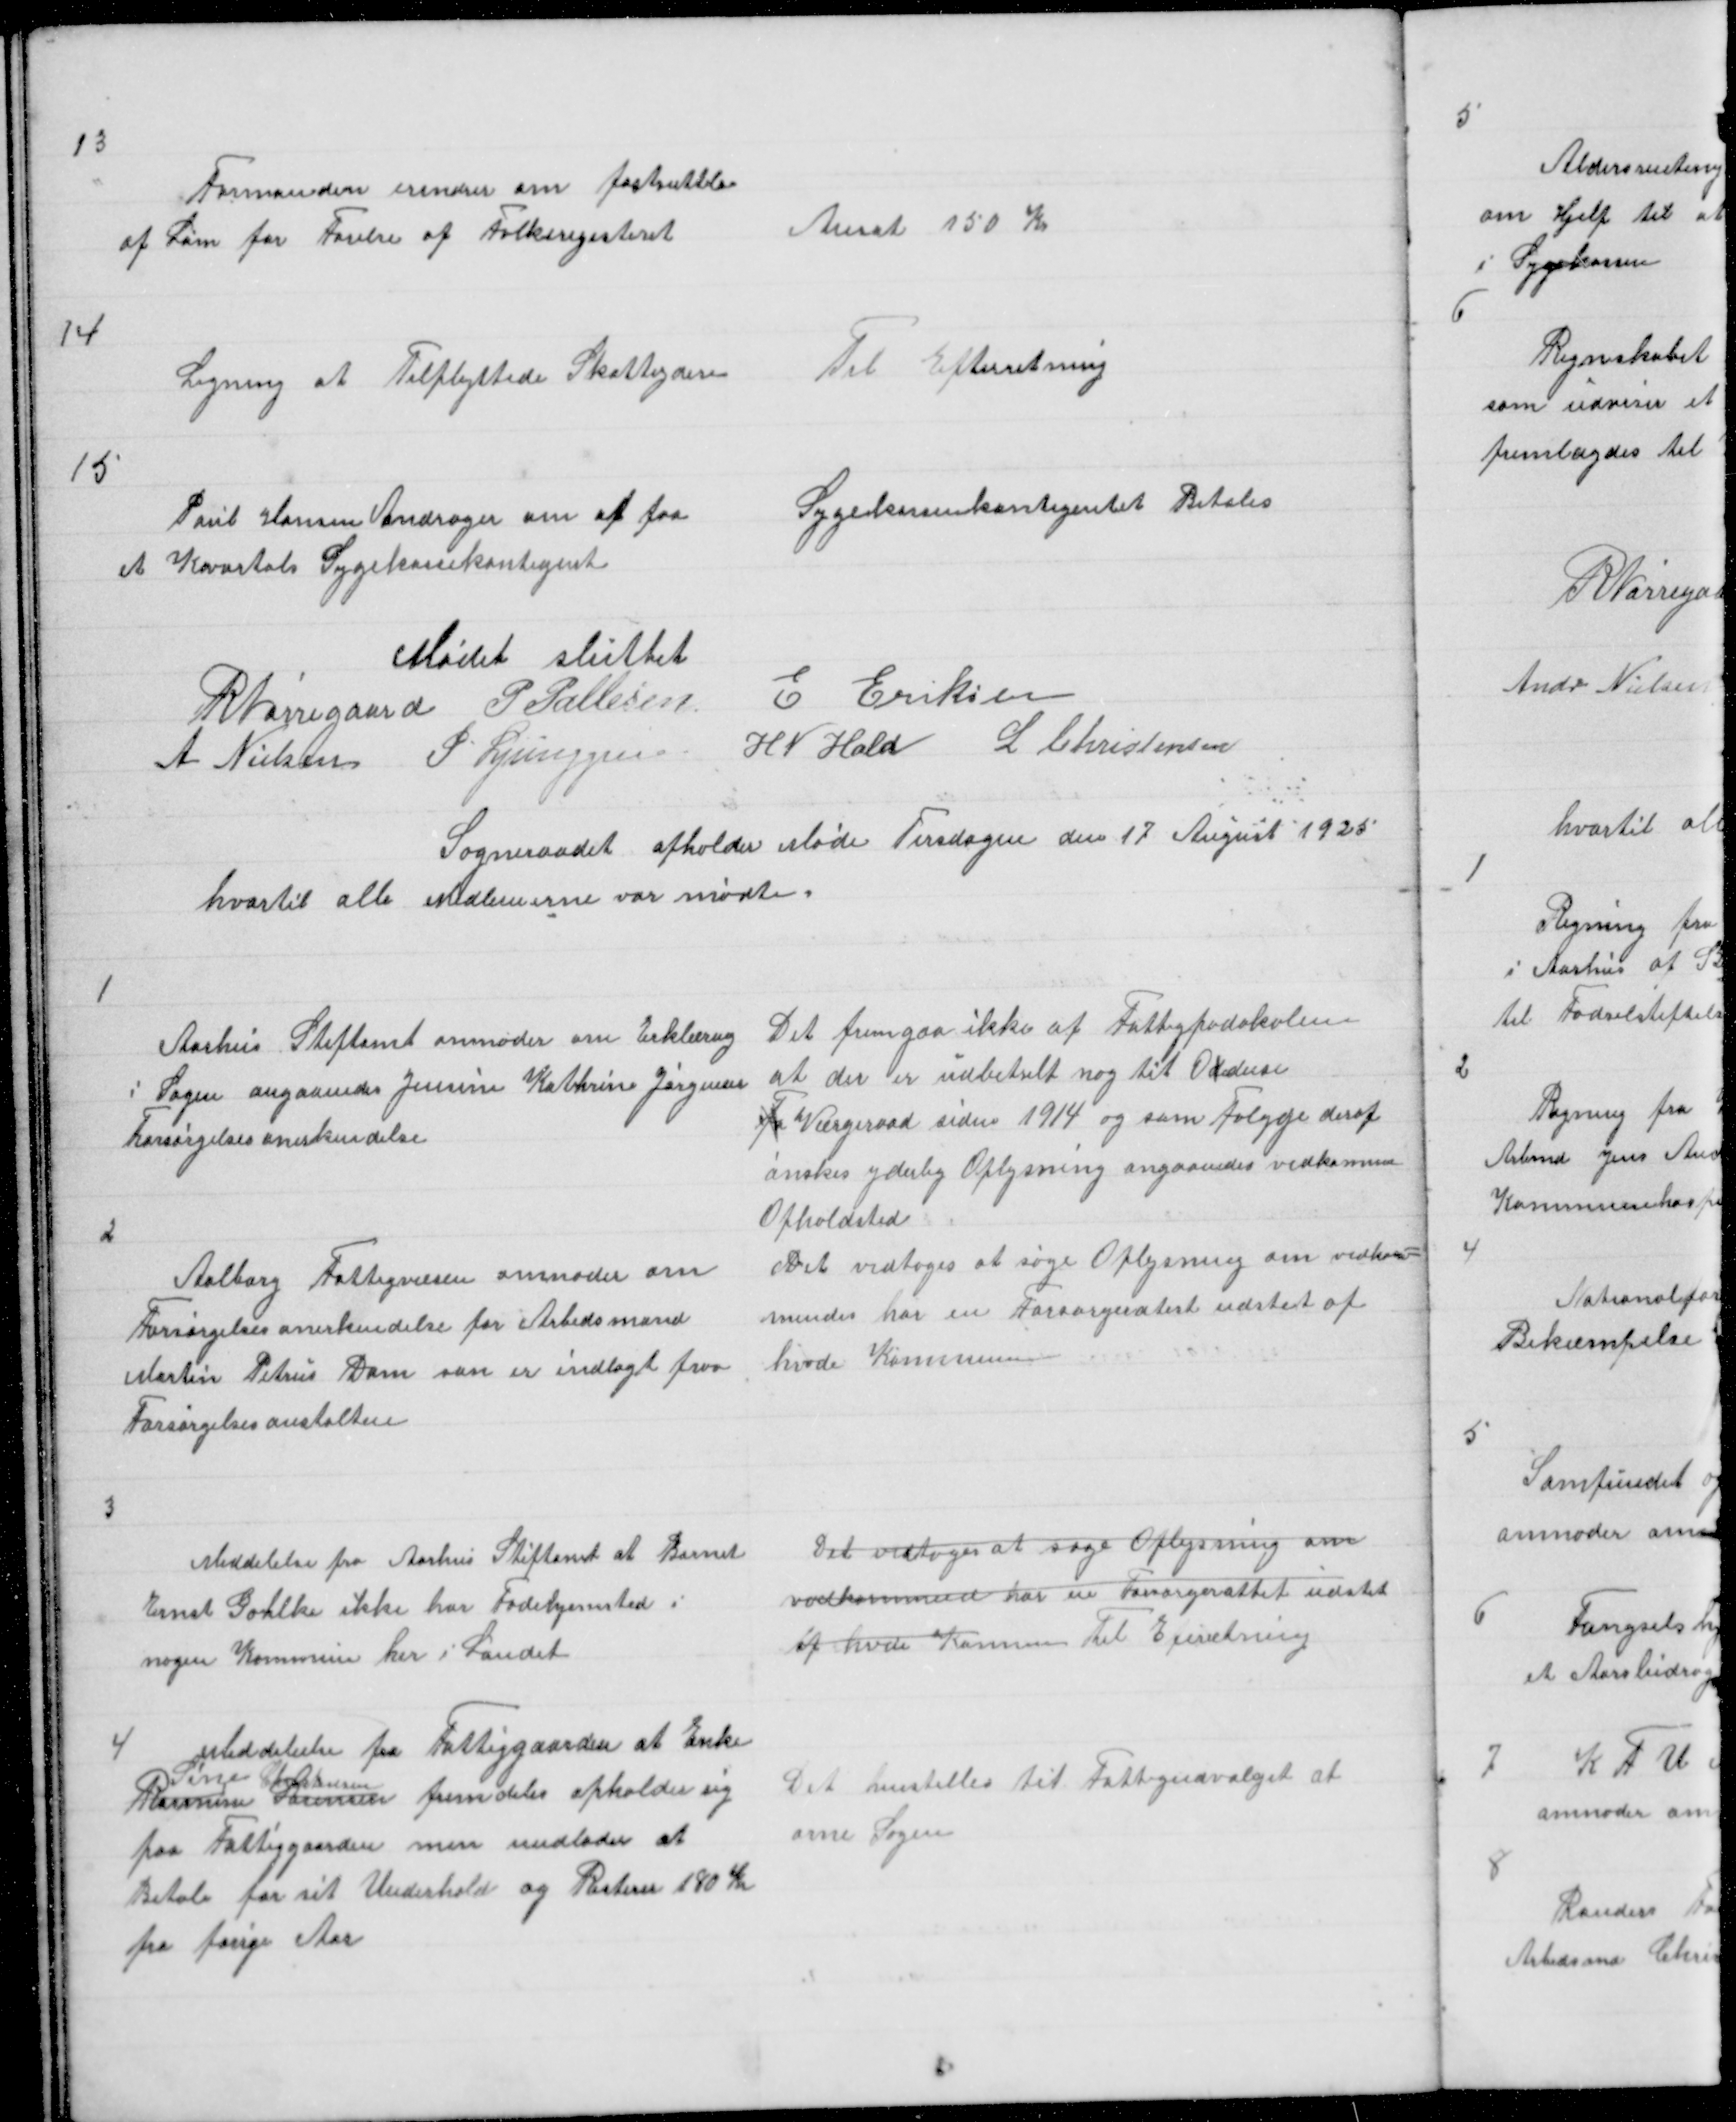
Transskription:
13

Formanden erindrer om fastsættelse
af Løn for Førelse af Folkeregisteret

Ansat 150 Kr

14

Ligning af Tilflyttede Skatteydere

Til Efteretning

15

Poul Hansen andrager om at faa
et Kvartals Sygekassekontigent

Sygekassekontigentet Betales

Mødet sluttet
R Nørregaard P Pallesen E Eriksen
A Nielsen P Ljunggren H N Hald L Christensen

Sogneraadet afholder Møde Tirsdagen den 17 August 1925
hvortil alle Medlemerne var mødte

1

Aarhus Stiftamt anmoder om Erklæring
i Sagen angaaendes Jensine Kathrine Jørgensens
Forsørgelsesanerkendelse

Det fremgaa ikke af Fattigpodokolen
at der er udbetselt nog til Oddense
F Værgeraad siden 1914 og som Føljge deraf
ønskes yderlig Oplysning angaaendes vedkomme
Opholdssted

2
Aalborg Fattigvæsen anmoder om
Forsørgelsesanerkendelse for Arbedsmand
Martin Petrus Dam som er indlagt paa
Forsørgelsesanstalten

Det vedtoges at søge Oplysning om vedkom =
mende har en Forsørgeratest udstet af
hvde Kommune

3

Meddelelse fra Aarhus Stiftamt at Barnet
Ernst Gohlke ikke har Fødehjemsted i
nogen Kommune i Landet

Det vedtoges at søge Oplysning om
vedkommende har en Forsørgerattet udstet
af hvde Komm Til Eferretning

4
Meddelelse fra Fattiggaarden at Enke
Sine Christensen
Rasmus Sørensen fremdeles opholder sig
paa Fattiggaarden men undlader at
Betale for sit Underhold og Resterer 180 Kr
fra forrige Aar

Det henstilles til Fattigudvalget at
orne Sagen